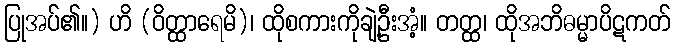
ပြုအပ်၏။) ဟိ (ဝိတ္ထာရေမိ)၊ ထိုစကားကိုချဲ့ဦးအံ့။ တတ္ထ၊ ထိုအဘိဓမ္မာပိဋကတ်